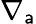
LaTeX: \nabla_{\mathsf{a}}